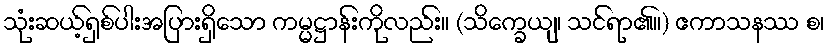
သုံးဆယ့်ရှစ်ပါးအပြားရှိသော ကမ္မဋ္ဌာန်းကိုလည်း။ (သိက္ခေယျ၊ သင်ရာ၏။) ဧကာသနဿ စ၊